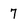
Character: 7